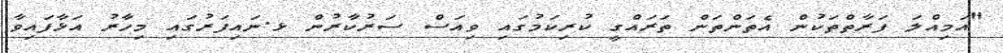
"އަމިއްލަ ފަރާތްތަކުން އެތަންތަން ތަރައްގީ ކުރިކަމުގައި ވިއަސް ސަރުކާރުން ޅ.ނައިފަރުގައި މިިހާރު އަޅާފައިވާ